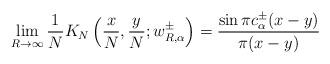
LaTeX: \begin{align*} \lim_{R \to \infty} \frac{1}{N} K_N\left( \frac{x}{N}, \frac{y}{N}; w_{R,\alpha}^{\pm}\right) = \frac{\sin \pi c_{\alpha}^{\pm} (x-y)}{\pi(x-y)}\end{align*}